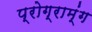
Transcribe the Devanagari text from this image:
प्रोग्राम्ंग